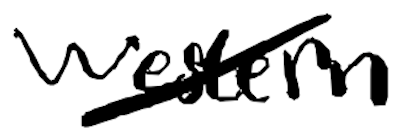
Text: Western
Cross-out: diagonal
Writing tool: digital_black